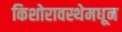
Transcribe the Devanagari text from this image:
किशोरावस्थेमधून